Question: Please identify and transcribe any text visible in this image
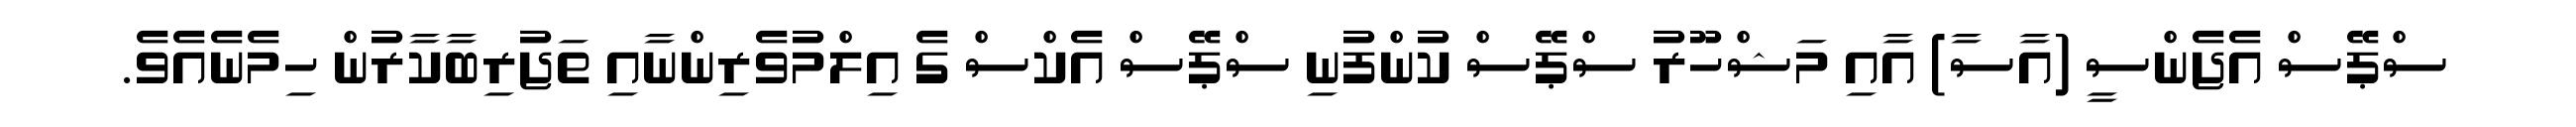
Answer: ސްޕޭސް އެޖެންސީ (އާސާ) އާއި މަޝްހޫރު ސްޕޭސް ކުންފުނި ސްޕޭސް އެކްސް ގެ އިލްމުވެރިންނާއި ތަޖުރިބާކާރުން ހިމެނެއެވެ.